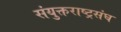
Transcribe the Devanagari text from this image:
संयुक्तराष्ट्रसंघ